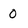
Character: 0